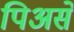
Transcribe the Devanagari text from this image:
पिअसे